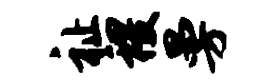
祉稷曼